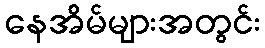
နေအိမ်များအတွင်း